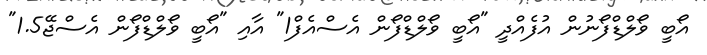
އޯބީ ވޯލްޑްފޯނުން އުފެއްދީ "އޯބީ ވޯލްޑްފޯން އެސްއެފް1" އާއި "އޯބީ ވޯލްޑްފޯން އެސްޖޭ1.5"